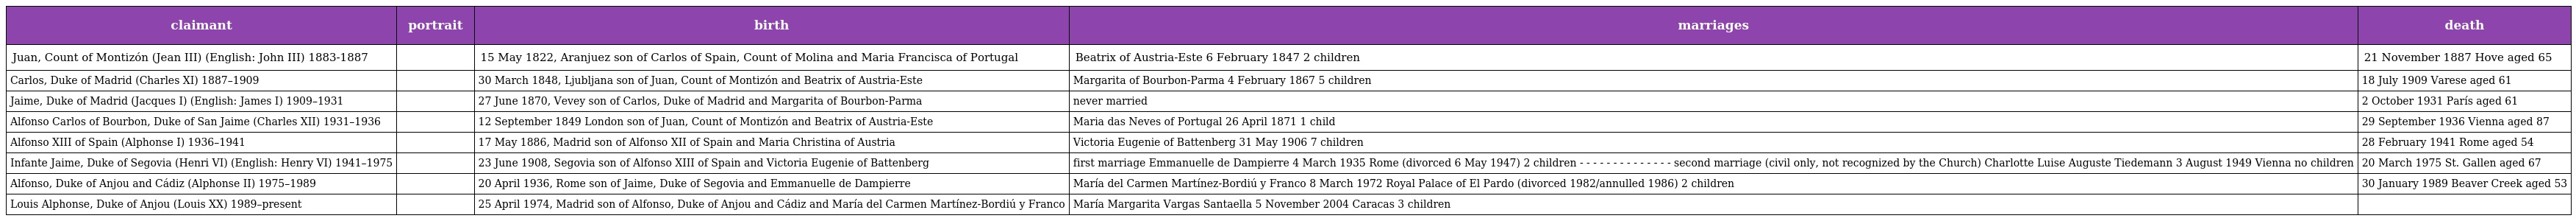
| claimant | portrait | birth | marriages | death |
 | --- | --- | --- | --- | --- |
 | Juan, Count of Montizón (Jean III) (English: John III) 1883-1887 |  | 15 May 1822, Aranjuez son of Carlos of Spain, Count of Molina and Maria Francisca of Portugal | Beatrix of Austria-Este 6 February 1847 2 children | 21 November 1887 Hove aged 65 |
 | Carlos, Duke of Madrid (Charles XI) 1887–1909 |  | 30 March 1848, Ljubljana son of Juan, Count of Montizón and Beatrix of Austria-Este | Margarita of Bourbon-Parma 4 February 1867 5 children | 18 July 1909 Varese aged 61 |
 | Jaime, Duke of Madrid (Jacques I) (English: James I) 1909–1931 |  | 27 June 1870, Vevey son of Carlos, Duke of Madrid and Margarita of Bourbon-Parma | never married | 2 October 1931 París aged 61 |
 | Alfonso Carlos of Bourbon, Duke of San Jaime (Charles XII) 1931–1936 |  | 12 September 1849 London son of Juan, Count of Montizón and Beatrix of Austria-Este | Maria das Neves of Portugal 26 April 1871 1 child | 29 September 1936 Vienna aged 87 |
 | Alfonso XIII of Spain (Alphonse I) 1936–1941 |  | 17 May 1886, Madrid son of Alfonso XII of Spain and Maria Christina of Austria | Victoria Eugenie of Battenberg 31 May 1906 7 children | 28 February 1941 Rome aged 54 |
 | Infante Jaime, Duke of Segovia (Henri VI) (English: Henry VI) 1941–1975 |  | 23 June 1908, Segovia son of Alfonso XIII of Spain and Victoria Eugenie of Battenberg | first marriage Emmanuelle de Dampierre 4 March 1935 Rome (divorced 6 May 1947) 2 children - - - - - - - - - - - - - - second marriage (civil only, not recognized by the Church) Charlotte Luise Auguste Tiedemann 3 August 1949 Vienna no children | 20 March 1975 St. Gallen aged 67 |
 | Alfonso, Duke of Anjou and Cádiz (Alphonse II) 1975–1989 |  | 20 April 1936, Rome son of Jaime, Duke of Segovia and Emmanuelle de Dampierre | María del Carmen Martínez-Bordiú y Franco 8 March 1972 Royal Palace of El Pardo (divorced 1982/annulled 1986) 2 children | 30 January 1989 Beaver Creek aged 53 |
 | Louis Alphonse, Duke of Anjou (Louis XX) 1989–present |  | 25 April 1974, Madrid son of Alfonso, Duke of Anjou and Cádiz and María del Carmen Martínez-Bordiú y Franco | María Margarita Vargas Santaella 5 November 2004 Caracas 3 children |  |